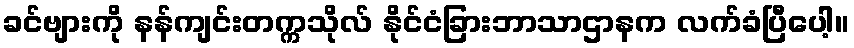
ခင်ဗျားကို နန်ကျင်းတက္ကသိုလ် နိုင်ငံခြားဘာသာဌာနက လက်ခံပြီပေါ့။